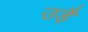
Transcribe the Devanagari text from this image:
उड़ै